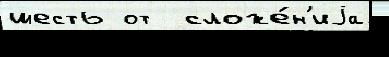
шесть от  сложе́н'иjа